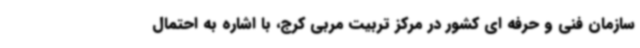
سازمان فنی و حرفه ای کشور در مرکز تربیت مربی کرج، با اشاره به احتمال